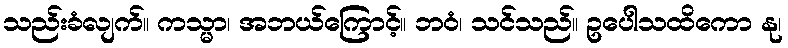
သည်းခံလျက်။ ကသ္မာ၊ အဘယ်ကြောင့်။ ဘဝံ၊ သင်သည်။ ဥပေါသထိကော နု၊